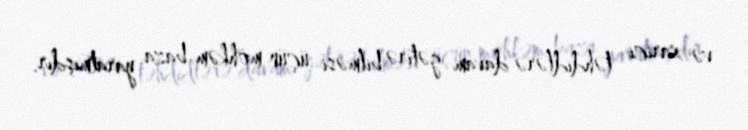
və xarici təhdidlərə davam gətirə bilməsi üçün möhkəm baza yaratmışdır.